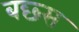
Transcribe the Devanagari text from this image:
बछ्स